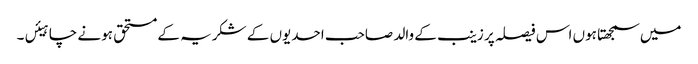
میں سمجھتا ہوں اس فیصلہ پر زینب کے والد صاحب احدیوں کے شکریہ کے مستحق ہونے چاہیئں۔